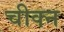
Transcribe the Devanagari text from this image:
चीक्न